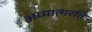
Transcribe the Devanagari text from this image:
अध्यात्मरति